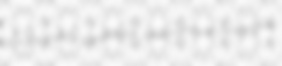
nonabusively plesiotype overmans archmachine